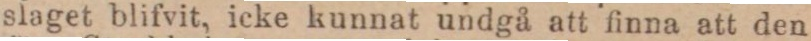
slaget blifvit, icke kunnat undgå att finna att den